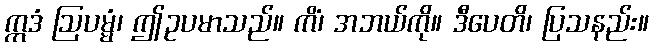
ဣဒံ ဩပမ္မံ၊ ဤဥပမာသည်။ ကိံ၊ အဘယ်ကို။ ဒီပေတိ၊ ပြသနည်း။